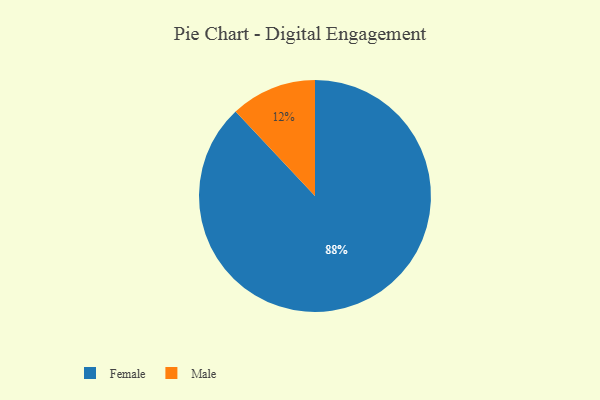
{"axis": {"x": "Category", "y": "Percentage"}, "legend": ["Female", "Male"], "data": [{"x": "Female", "y": 88, "type": "Female"}, {"x": "Male", "y": 12, "type": "Male"}]}